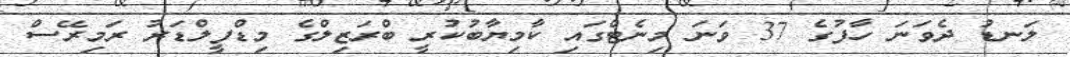
ލަނޑު ދެވަނަ ހާފުގެ 37 ވަނަ މިނެޓްގައި ކާމިޔާބުކުރީ ބްރަޒިލްގެ މިޑްފީލްޑަރު ރަމިރޭސް